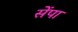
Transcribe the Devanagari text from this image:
सेंपा